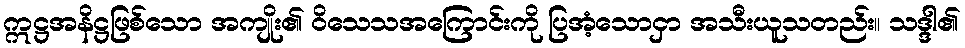
ဣဋ္ဌအနိဋ္ဌဖြစ်သော အကျိုး၏ ဝိသေသအကြောင်းကို ပြအံ့သောငှာ အသီးယူသတည်း။ သဒ္ဒါ၏